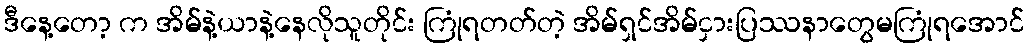
ဒီနေ့တော့ က အိမ်နဲ့ယာနဲ့နေလိုသူတိုင်း ကြုံရတတ်တဲ့ အိမ်ရှင်အိမ်ငှားပြဿနာတွေမကြုံရအောင်